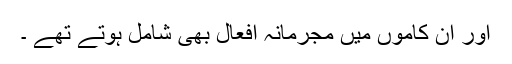
اور ان کاموں میں مجرمانہ افعال بھی شامل ہوتے تھے ۔